Reports on military cantonments and civil stations in the Presidency of Bombay inspected by the Sanitary Commissioner in the years 1875 and 1876
Year: 1875
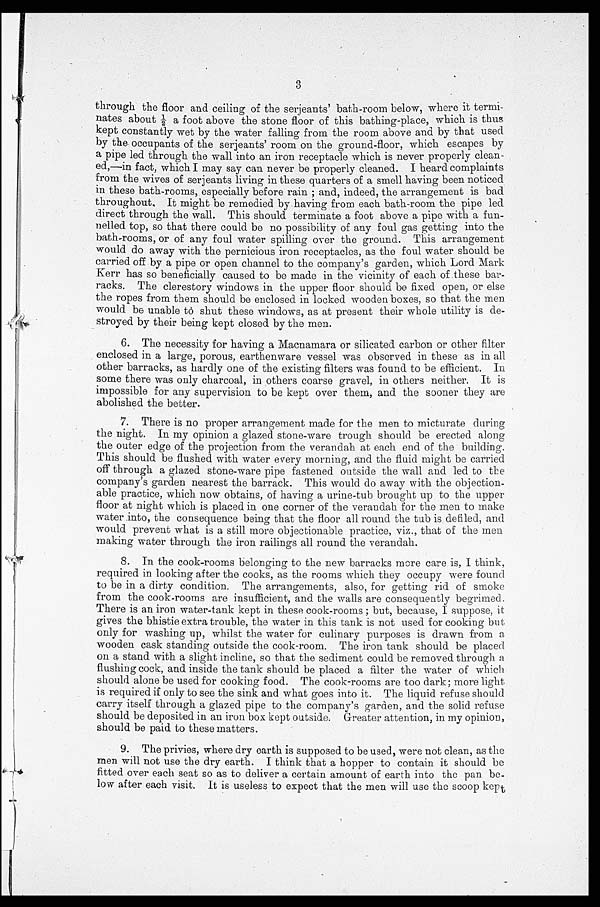
3
through the floor and ceiling of the serjeants' bath-room below, where it termi-
nates about ½ a foot above the stone floor of this bathing-place, which is thus
kept constantly wet by the water falling from the room above and by that used
by the occupants of the serjeants' room on the ground-floor, which escapes by
a pipe led through the wall into an iron receptacle which is never properly clean-
ed,—in fact, which I may say can never be properly cleaned. I heard complaints
from the wives of serjeants living in these quarters of a smell having been noticed
in these bath-rooms, especially before rain; and, indeed, the arrangement is bad
throughout. It might be remedied by having from each bath-room the pipe led
direct through the wall. This should terminate a foot above a pipe with a fun-
nelled top, so that there could be no possibility of any foul gas getting into the
bath-rooms, or of any foul water spilling over the ground. This arrangement
would do away with the pernicious iron receptacles, as the foul water should be
carried off by a pipe or open channel to the company's garden, which Lord Mark
Kerr has so beneficially caused to be made in the vicinity of each of these bar-
racks. The clerestory windows in the upper floor should be fixed open, or else
the ropes from them should be enclosed in locked wooden boxes, so that the men
would be unable to shut these windows, as at present their whole utility is de-
stroyed by their being kept closed by the men.
6. The necessity for having a Macnamara or silicated carbon or other filter
enclosed in a large, porous, earthenware vessel was observed in these as in all
other barracks, as hardly one of the existing filters was found to be efficient. In
some there was only charcoal, in others coarse gravel, in others neither. It is
impossible for any supervision to be kept over them, and the sooner they are
abolished the better.
7. There is no proper arrangement made for the men to micturate during
the night. In my opinion a glazed stone-ware trough should be erected along
the outer edge of the projection from the verandah at each end of the building.
This should be flushed with water every morning, and the fluid might be carried
off through a glazed stone-ware pipe fastened outside the wall and led to the
company's garden nearest the barrack. This would do away with the objection-
able practice, which now obtains, of having a urine-tub brought up to the upper
floor at night which is placed in one corner of the verandah for the men to make
water into, the consequence being that the floor all round the tub is defiled, and
would prevent what is a still more objectionable practice, viz., that of the men
making water through the iron railings all round the verandah.
8. In the cook-rooms belonging to the new barracks more care is, I think,
required in looking after the cooks, as the rooms which they occupy were found
to be in a dirty condition. The arrangements, also, for getting rid of smoke
from the cook-rooms are insufficient, and the walls are consequently begrimed.
There is an iron water-tank kept in these cook-rooms; but, because, I suppose, it
gives the bhitie extra trouble, the water in this tank is not used for cooking but
only for washing up, whilst the water for culinary purposes is drawn from a
wooden cask standing outside the cook-room. The iron tank should be placed
on a stand with a slight incline, so that the sediment could be removed through a
flushing cock, and inside the tank should be placed a filter the water of which
should alone be used for cooking food. The cook-rooms are too dark; more light
is required if only to see the sink and what goes into it. The liquid refuse should
carry itself through a glazed pipe to the company's garden, and the solid refuse
should be deposited in an iron box kept outside. Greater attention, in my opinion,
should be paid to these matters.
9. The privies, where dry earth is supposed to be used, were not clean, as the
men will not use the dry earth. I think that a hopper to contain it should be
fitted over each seat so as to deliver a certain amount of earth into the pan be-
low after each visit. It is useless to expect that the men will use the scoop kept